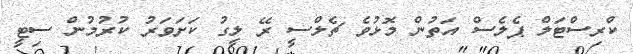
ކްރިސްޓަލް ޕެލެސް އަތުން މޮޅުވެ ޗެލްސީ ރޭ ލީގު ކަށަވަރު ކުރުމުން ސިޓީ